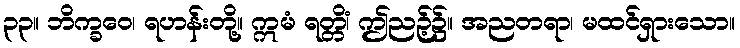
၃၃။ ဘိက္ခဝေ၊ ရဟန်းတို့။ ဣမံ ရတ္တိံ၊ ဤညဉ့်၌။ အညတရာ၊ မထင်ရှားသော။